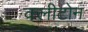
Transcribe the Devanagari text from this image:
क्‍लीटोन